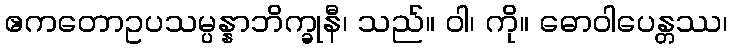
ဧကတောဥပသမ္ပန္နာဘိက္ခုနီ၊ သည်။ ဝါ၊ ကို။ ဓောဝါပေန္တဿ၊